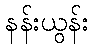
နန်းယွန်း